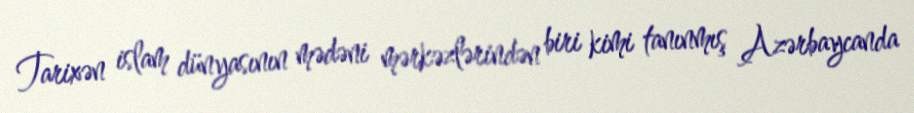
Tarixən islam dünyasının mədəni mərkəzlərindən biri kimi tanınmış Azərbaycanda